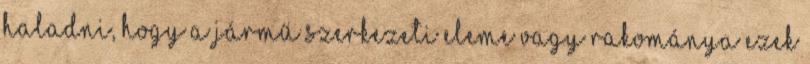
haladni, hogy a jármű szerkezeti eleme vagy rakománya ezek